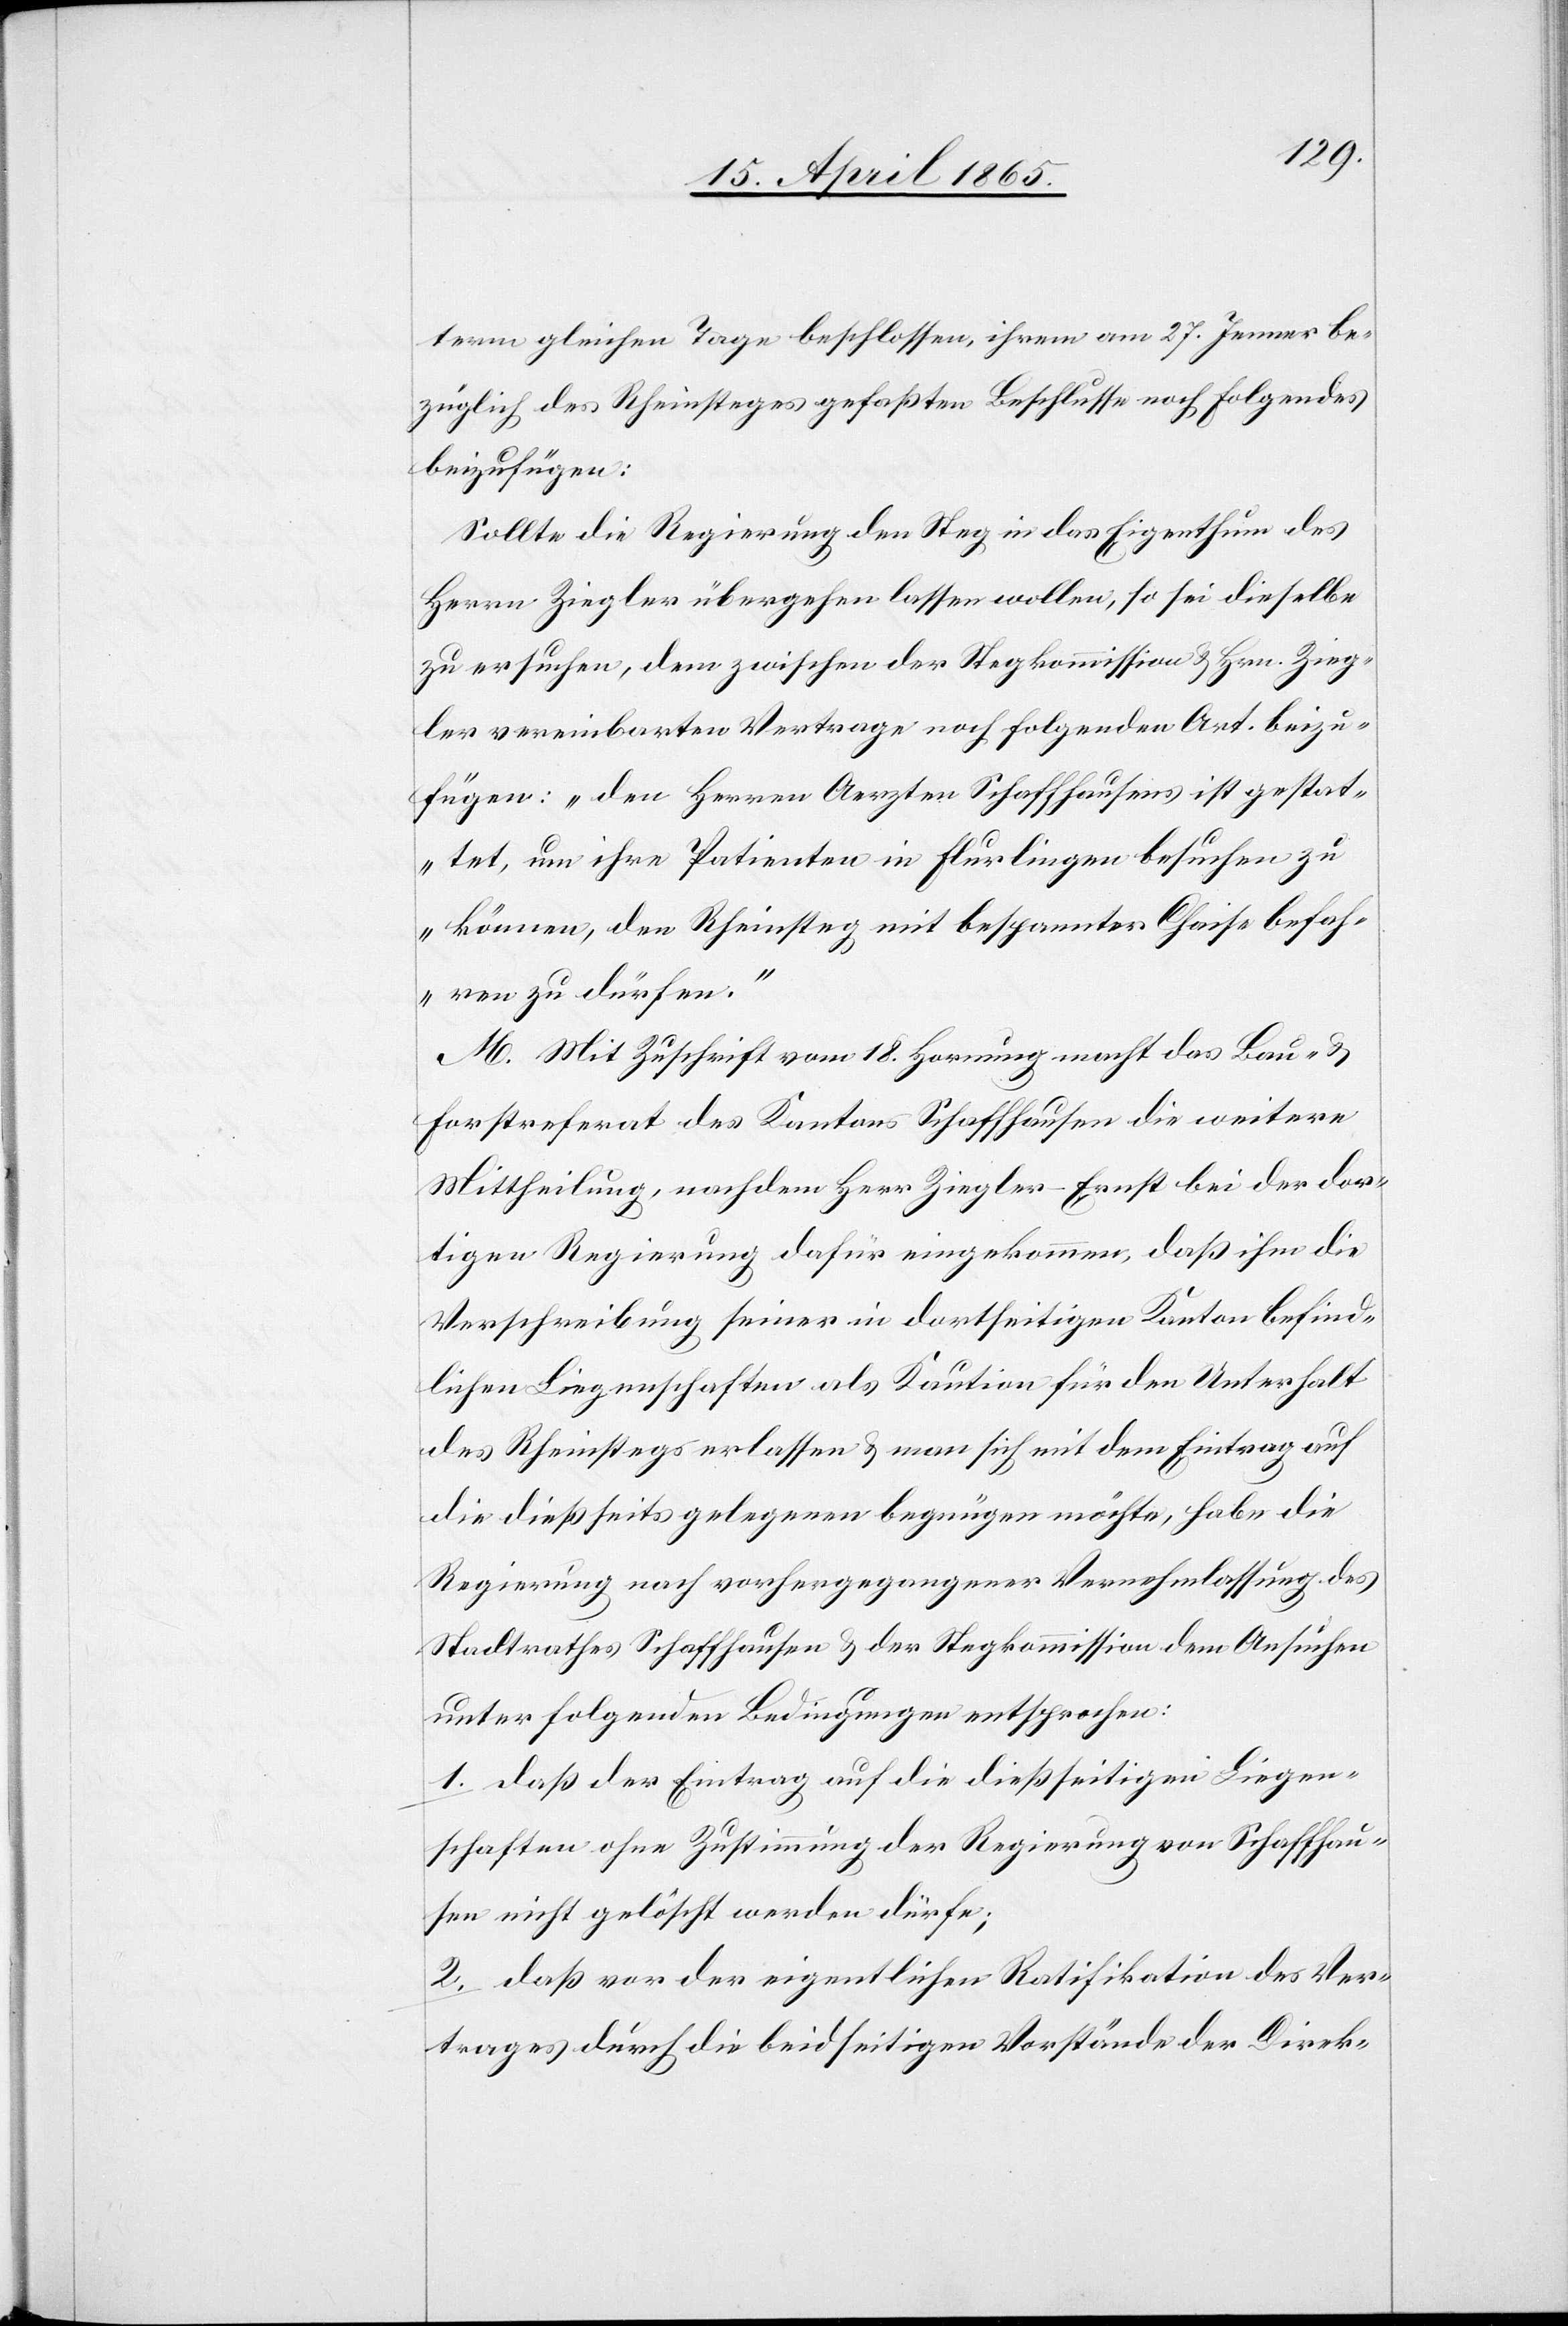
term gleichen Tage beschlossen, ihrem am 27. Jenner be¬
züglich des Rheinsteges gefaßten Beschlusse noch Folgendes
beizufügen:
Sollte die Regierung den Steg in das Eigenthum des
Herrn Ziegler übergehen lassen wollen, so sei dieselbe
zu ersuchen, dem zwischen der Stegkommission & Hrn. Zieg¬
ler vereinbarten Vertrage noch folgenden Art. beizu¬
fügen: „Den Herren Aerzten Schaffhausens ist gestat¬
tet, um ihre Patienten in Flurlingen besuchen zu
können, den Rheinsteg mit gespannter Chaise befah¬
ren zu dürfen.“
M. Mit Zuschrift vom 18. Hornung macht das Bau- &
Forstreferat des Kantons Schaffhausen die weitere
Mittheilung, nachdem Herr Ziegler-Ernst bei der dor¬
tigen Regierung dafür eingekommen, daß ihm die
Verschreibung seiner in dortseitigen Kanton befind¬
lichen Liegenschaften als Kaution für den Unterhalt
des Rheinstegs erlassen & man sich mit dem Eintrag auf
die dießseits gelegenen begnügen möchte, habe die
Regierung nach vorhergegangener Vernehmlassung des
Stadtrathes Schaffhausen & der Stegkommission dem Ansuchen
unter folgenden Bedingungen entsprochen:
1. Daß der Eintrag auf die dießseitigen Liegen¬
schaften ohne Zustimmung der Regierung von Schaffhau¬
sen nicht gelöscht werden dürfe;
2. Daß vor der eigentlichen Ratifikation des Ver¬
trages durch die beidseitigen Vorstände der Direk-